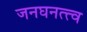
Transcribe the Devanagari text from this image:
जनघनत्त्व